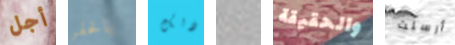
أجل بالحفر ذلك يا والحقيقة أرسلت